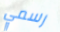
رسمي